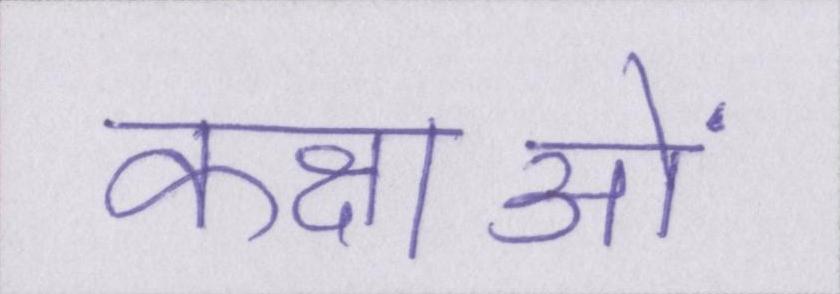
कक्षाओं